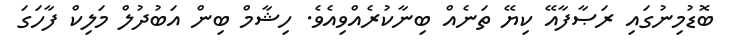
ބޮޑުމިނުގައި ރަޞާފާއޭ ކިޔޭ ތަނެއް ބިނާކުރެއްވިއެވެ. ހިޝާމް ބިން އަބުދުލް މަލިކް ފާހަގަ